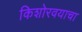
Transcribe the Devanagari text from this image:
किशोरवयाचा